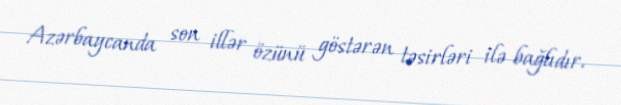
Azərbaycanda son illər özünü göstərən təsirləri ilə bağlıdır.